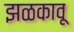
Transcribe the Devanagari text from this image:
झळकावू